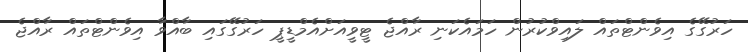
ހަރުގޭގެ އިވެންޓްތައް ލައިވްކުުރުން ހަމައެކަނި ރާއްޖެ ޓީވީއަށްއެމްޑީޕީ ހަރުގޭގައި ބާއްވާ އިވެންޓްތައް ރާއްޖެ